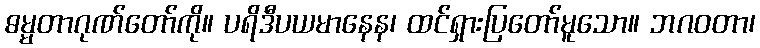
ဓမ္မတာဂုဏ်တော်ကို။ ပရိဒီပယမာနေန၊ ထင်ရှားပြတော်မူသော။ ဘဂဝတာ၊